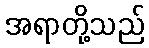
အရာတို့သည်